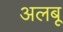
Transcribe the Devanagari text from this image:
अलबू